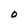
Character: O